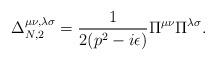
LaTeX: \begin{align*}\Delta^{\mu\nu,\lambda\sigma}_{N,2} = \frac{1}{2(p^2-i\epsilon)}\Pi^{\mu\nu}\Pi^{\lambda\sigma}.\end{align*}